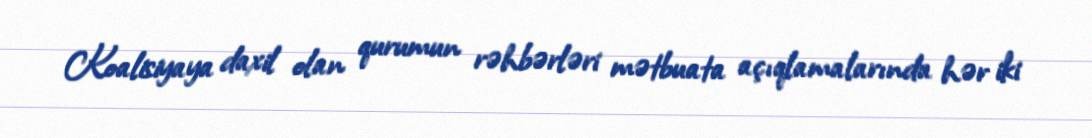
Koalisiyaya daxil olan qurumun rəhbərləri mətbuata açıqlamalarında hər iki